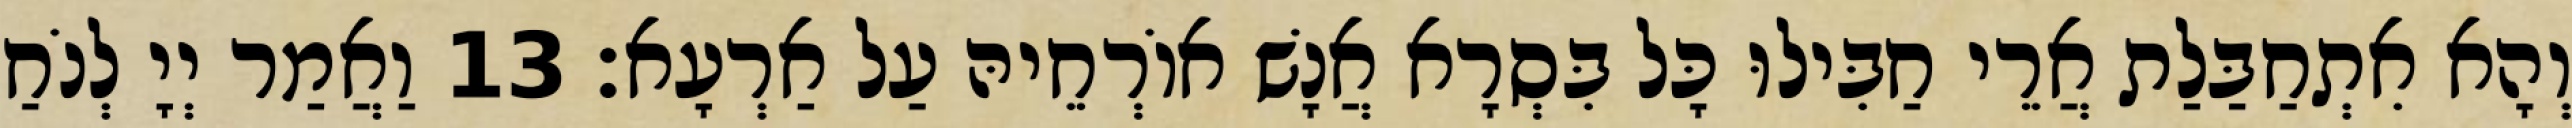
וְהָא אִתְחַבַּלַת אֲרֵי חַבִּילוּ כָּל בִּסְרָא אֲנָשׁ אוֹרְחֵיהּ עַל אַרְעָא׃ 13 וַאֲמַר יְיָ לְנֹחַ